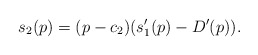
\begin{align*}s_{2}(p)=(p-c_{2})(s_{1}'(p)-D'(p)).\end{align*}